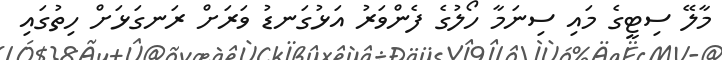
މާލޭ ސިޓީގެ މައި ސިނަމާ ހޯލުގެ ފެންވަރު އަޅުގަނޑު ވަރަށް ރަނގަޅަށް ހިތުގައި